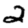
Digit: 2